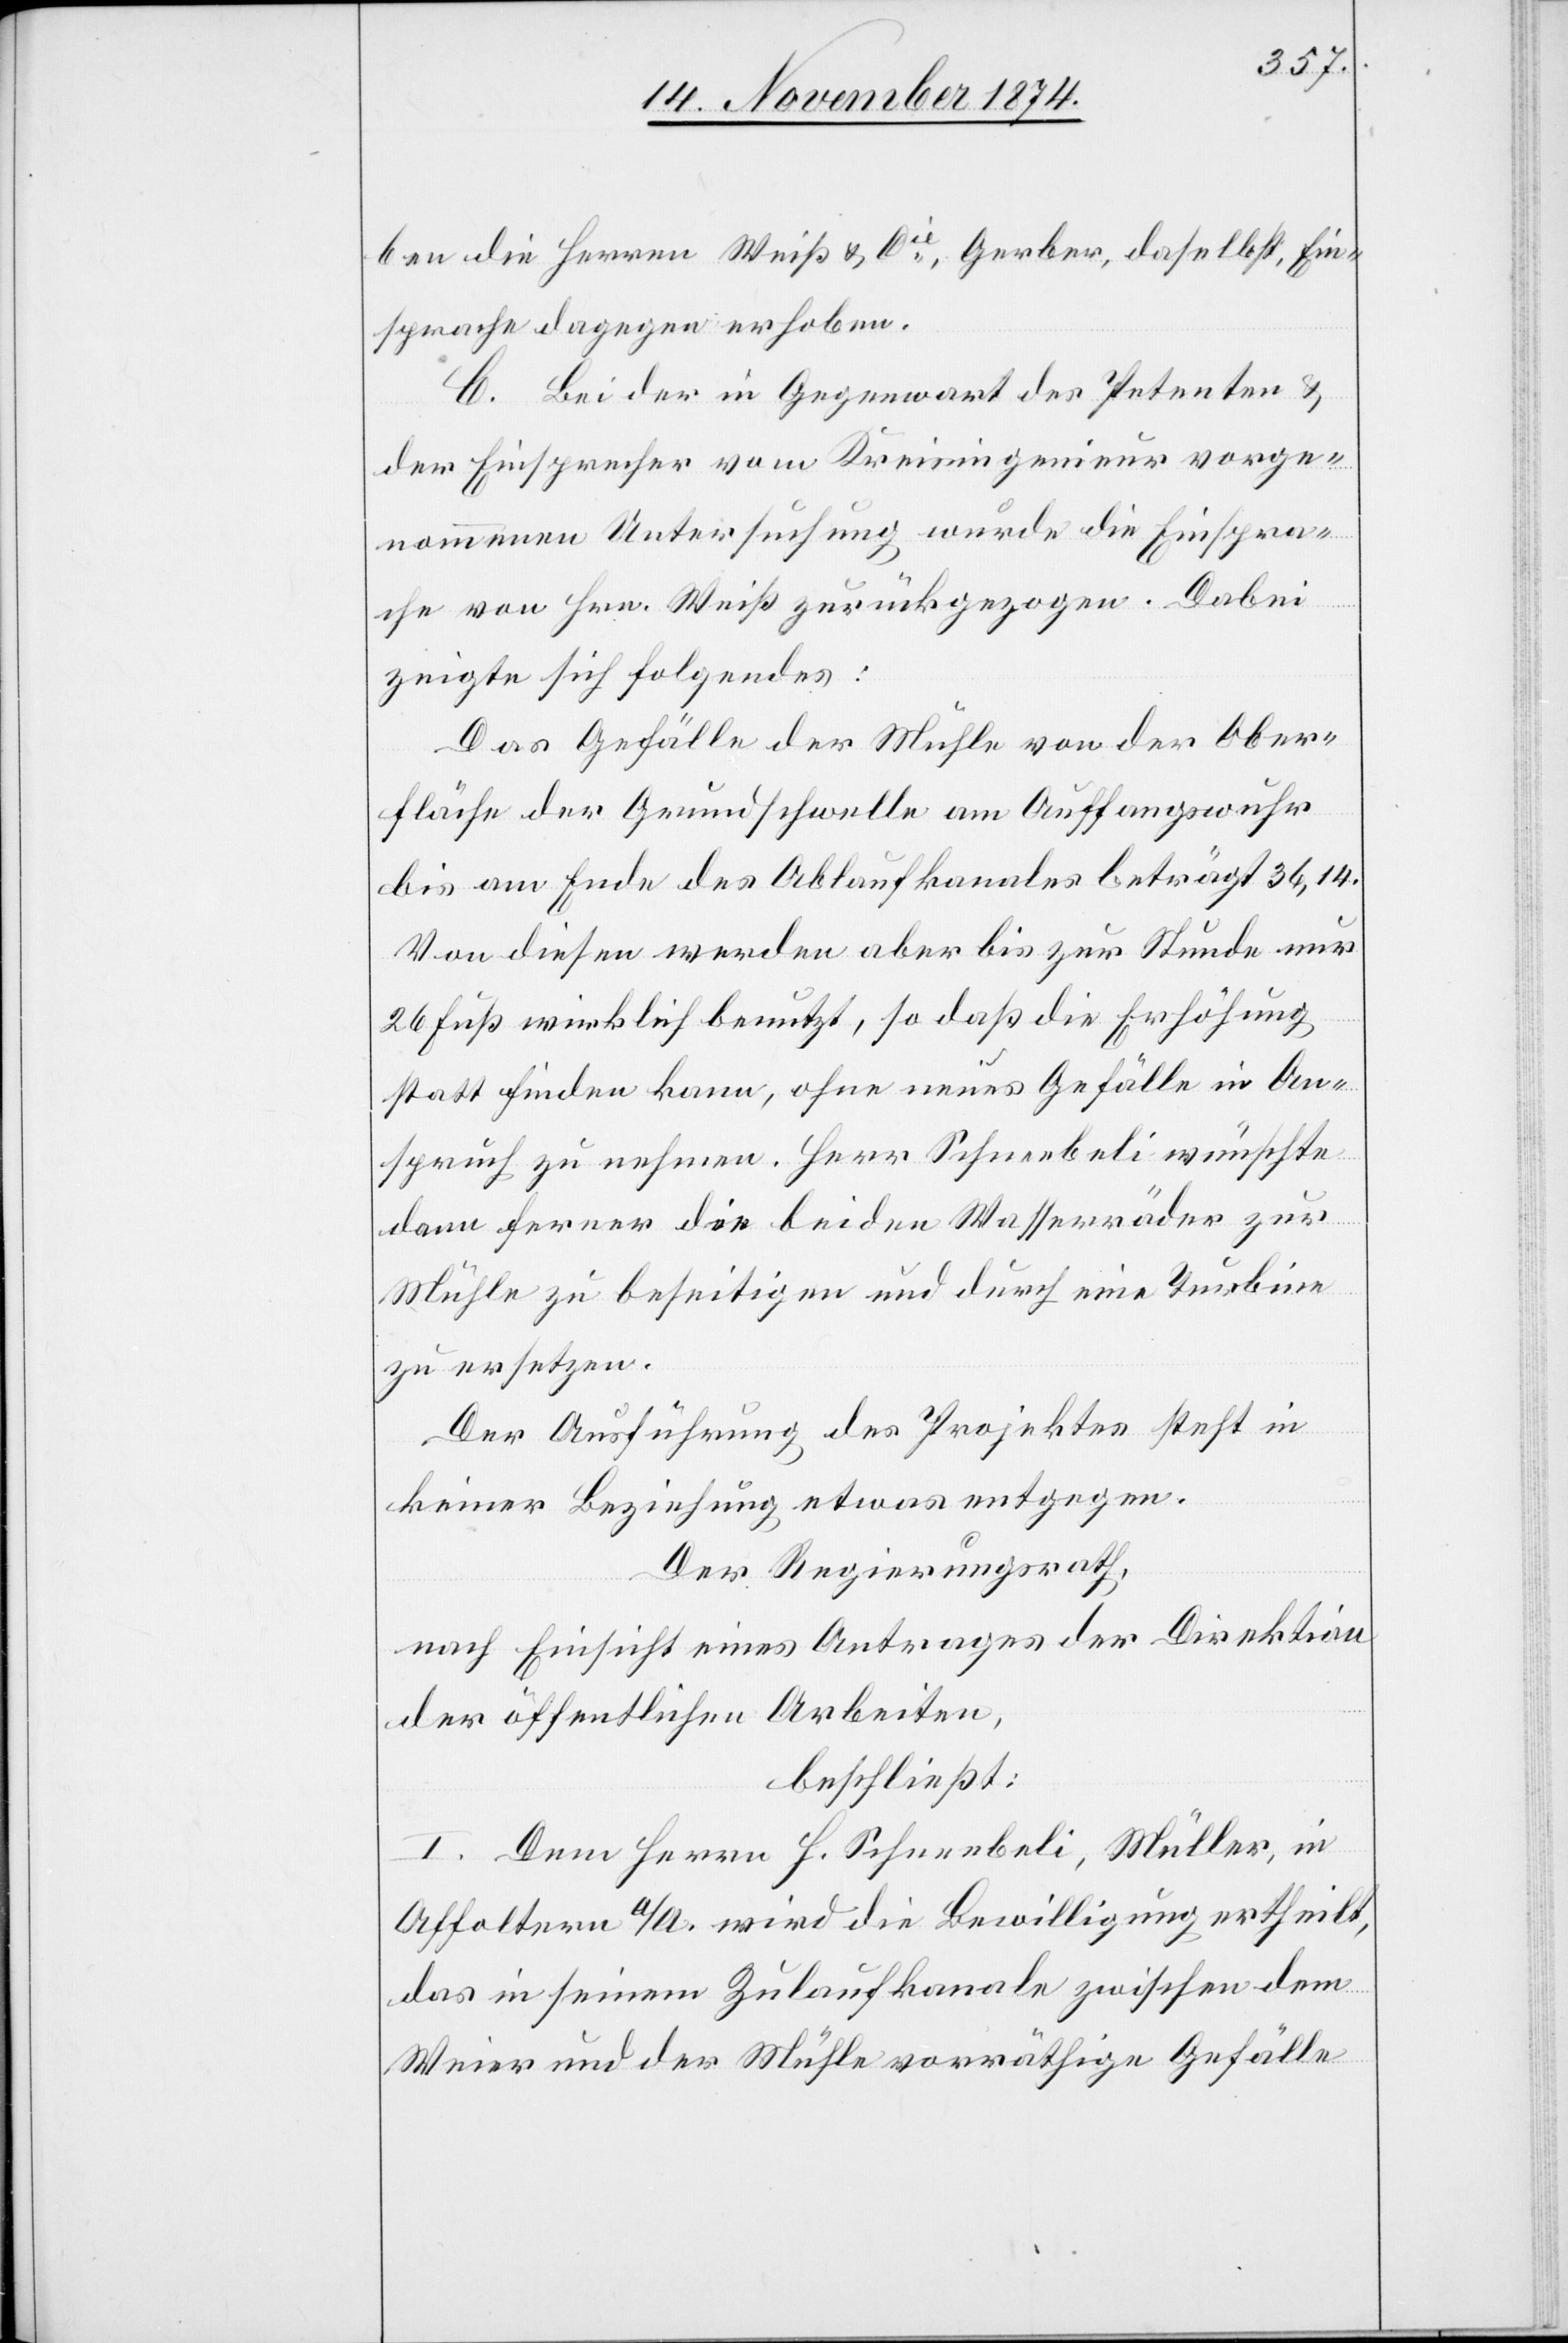
ben die Herren Weiß & Cie, Gerber, daselbst, Ein¬
sprache dagegen erhoben.
C Bei der in Gegenwart des Petenten &
der Einsprecher vom Kreisingenieur vorge¬
nommenen Untersuchung wurde die Einspra¬
che von Hrn. Weiß zurückgezogen. Dabei
zeigte sich Folgendes:
Das Gefälle der Mühle von der Ober¬
fläche der Grundschwelle am Auffangswuhr
bis am Ende des Ablaufkanales beträgt 36,14[‘].
Von diesen werden aber bis zur Stunde nur
26 Fuß wirklich benutzt, so daß die Erhöhung
statt finden kann, ohne neues Gefälle in An¬
spruch zu nehmen. Herr Schneebeli wünschte
dann ferner die beiden Wasserräder zur
Mühle zu beseitigen und durch eine Turbine
zu ersetzen.
Der Ausführung des Projektes steht in
keiner Beziehung etwas entgegen.
Der Regierungsrath,
nach Einsicht eines Antrages der Direktion
der öffentlichen Arbeiten,
beschließt:
I. Dem Herrn H. Schneebeli, Müller, in
Affoltern a/A. wird die Bewilligung ertheilt,
das in seinem Zulaufkanale zwischen dem
Weier und der Mühle vorräthige Gefälle